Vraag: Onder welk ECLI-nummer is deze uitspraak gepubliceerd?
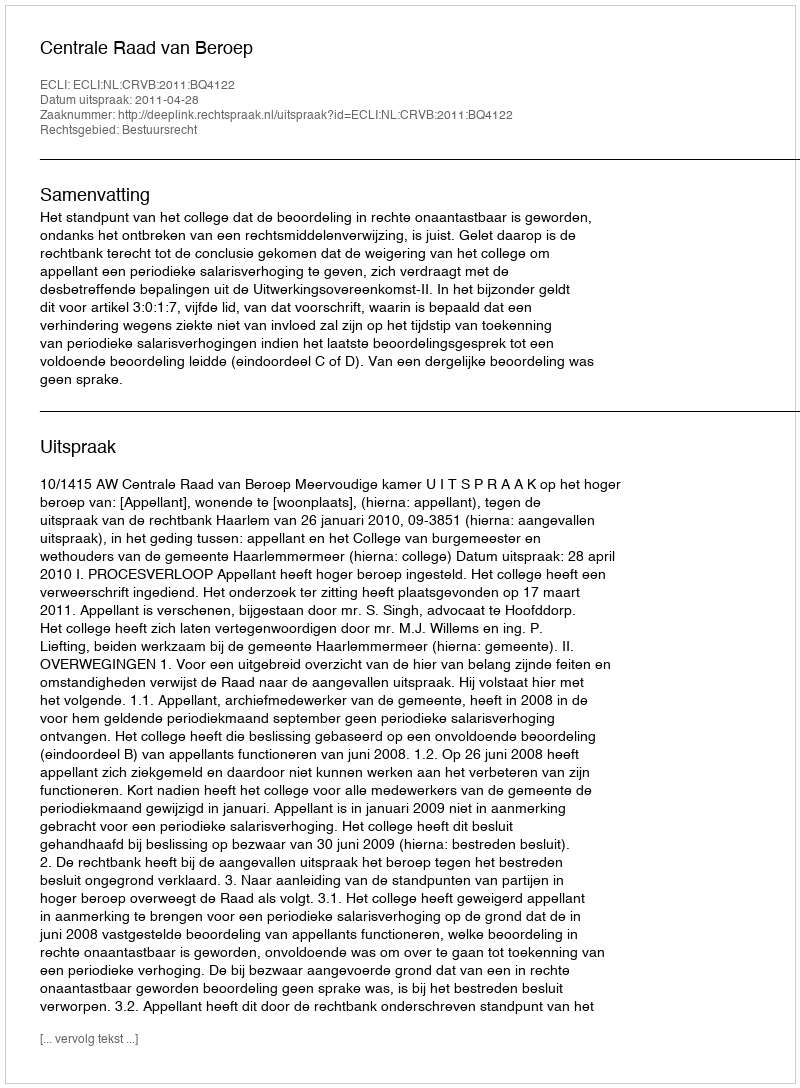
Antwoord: ECLI:NL:CRVB:2011:BQ4122